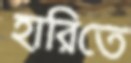
হারিতে